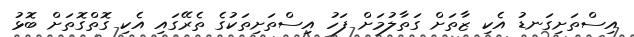
އިސްތަށިގަނޑު އެކި ޒާތަށް ގަތާލުމަށް ފަހު އިސްތަށިތަކުގެ ތެރޭގައި އެކި ގޮތްގޮތަށް ބޮޅު